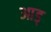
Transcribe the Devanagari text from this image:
आड्